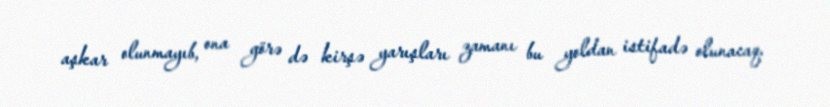
aşkar olunmayıb, ona görə də kirşə yarışları zamanı bu yoldan istifadə olunacaq.